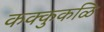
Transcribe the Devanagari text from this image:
कक्कुकळि